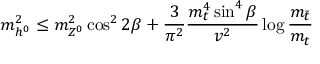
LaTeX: m _ { h ^ { 0 } } ^ { 2 } \leq m _ { Z ^ { 0 } } ^ { 2 } \cos ^ { 2 } 2 \beta + { \frac { 3 } { \pi ^ { 2 } } } { \frac { m _ { t } ^ { 4 } \sin ^ { 4 } \beta } { v ^ { 2 } } } \log { \frac { m _ { \tilde { t } } } { m _ { t } } }